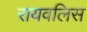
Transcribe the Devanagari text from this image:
रायवलिस